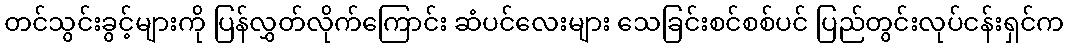
တင်သွင်းခွင့်များကို ပြန်လွှတ်လိုက်ကြောင်း ဆံပင်လေးများ သေခြင်းစင်စစ်ပင် ပြည်တွင်းလုပ်ငန်းရှင်က